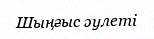
Шыңғыс әулеті